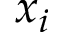
x _ { i }